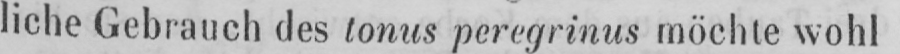
liche Gebrauch des tonus peregrinus möchte wohl